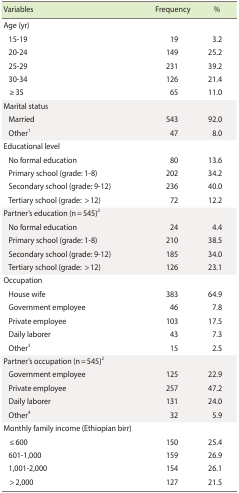
<table><thead><tr><td><b>Variables</b></td><td><b>Frequency</b></td><td><b>%</b></td></tr></thead><tbody><tr><td colspan="3">Age (yr)</td></tr><tr><td> 15-19</td><td>19</td><td>3.2</td></tr><tr><td> 20-24</td><td>149</td><td>25.2</td></tr><tr><td> 25-29</td><td>231</td><td>39.2</td></tr><tr><td> 30-34</td><td>126</td><td>21.4</td></tr><tr><td> ≥35</td><td>65</td><td>11.0</td></tr><tr><td colspan="3">Marital status</td></tr><tr><td> Married</td><td>543</td><td>92.0</td></tr><tr><td> Other<sup>1</sup></td><td>47</td><td>8.0</td></tr><tr><td>Educational level</td><td></td><td></td></tr><tr><td> No formal education</td><td>80</td><td>13.6</td></tr><tr><td> Primary school (grade: 1-8)</td><td>202</td><td>34.2</td></tr><tr><td> Secondary school (grade: 9-12)</td><td>236</td><td>40.0</td></tr><tr><td> Tertiary school (grade: &gt; 12)</td><td>72</td><td>12.2</td></tr><tr><td>Partner’s education (n=545)<sup>2</sup></td><td></td><td></td></tr><tr><td> No formal education</td><td>24</td><td>4.4</td></tr><tr><td> Primary school (grade: 1-8)</td><td>210</td><td>38.5</td></tr><tr><td> Secondary school (grade: 9-12)</td><td>185</td><td>34.0</td></tr><tr><td> Tertiary school (grade: &gt; 12)</td><td>126</td><td>23.1</td></tr><tr><td colspan="3">Occupation</td></tr><tr><td> House wife</td><td>383</td><td>64.9</td></tr><tr><td> Government employee</td><td>46</td><td>7.8</td></tr><tr><td> Private employee</td><td>103</td><td>17.5</td></tr><tr><td> Daily laborer</td><td>43</td><td>7.3</td></tr><tr><td> Other<sup>3</sup></td><td>15</td><td>2.5</td></tr><tr><td colspan="3">Partner’s occupation (n = 545)<sup>2</sup></td></tr><tr><td> Government employee</td><td>125</td><td>22.9</td></tr><tr><td> Private employee</td><td>257</td><td>47.2</td></tr><tr><td> Daily laborer</td><td>131</td><td>24.0</td></tr><tr><td> Other<sup>4</sup></td><td>32</td><td>5.9</td></tr><tr><td colspan="3">Monthly family income (Ethiopian birr)</td></tr><tr><td> ≤600</td><td>150</td><td>25.4</td></tr><tr><td> 601-1,000</td><td>159</td><td>26.9</td></tr><tr><td> 1,001-2,000</td><td>154</td><td>26.1</td></tr><tr><td> &gt;2,000</td><td>127</td><td>21.5</td></tr></tbody></table>